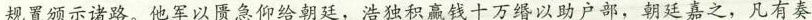
规置颁示诸路。他军以匮急仰给朝廷，浩独积赢钱十万缗以助户部，朝廷嘉之，凡有奏